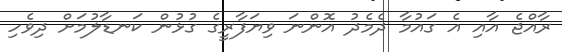
ރާއްޖެ އާއި އެ ގައުމާ ދެމެދު އޮންނަ ވިޔަފާރީގެ ގުޅުން ކަނޑާލުމަށް ދިވެހި